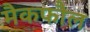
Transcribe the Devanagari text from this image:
मैकफौल